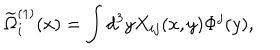
\widetilde { \Omega } _ { i } ^ { ( 1 ) } ( x ) = \int d ^ { 3 } y X _ { i j } ( x , y ) \Phi ^ { j } ( y ) ,